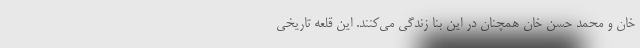
خان و محمد حسن خان همچنان در این بنا زندگی می‌کنند. این قلعه تاریخی